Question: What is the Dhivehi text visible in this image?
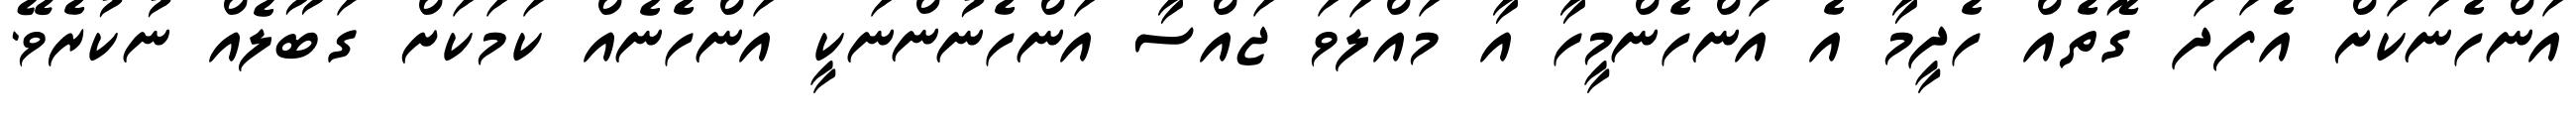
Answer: އަންހެނަކަށް އެފަދަ ގޮތެއް ހެދީމާ އެ އަންހެންމީހާ އާ މައްލަވަ ޖައްސާ އަންހެނުންނަކީ އަންހެނެއް ކަމަކަށް ގަބޫލެއް ނުކުރެވޭ.